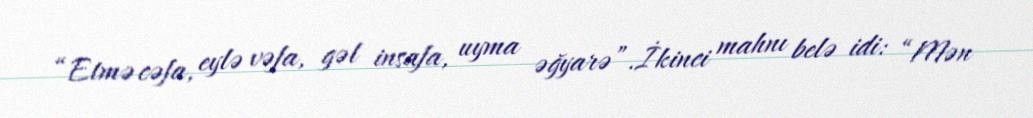
“Etmə cəfa, eylə vəfa, gəl insafa, uyma əğyarə”.İkinci mahnı belə idi: “Mən